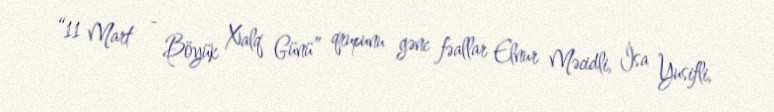
“11 Mart - Böyük Xalq Günü” qrupunu gənc fəallar Elnur Məcidli, İsa Yusifli,